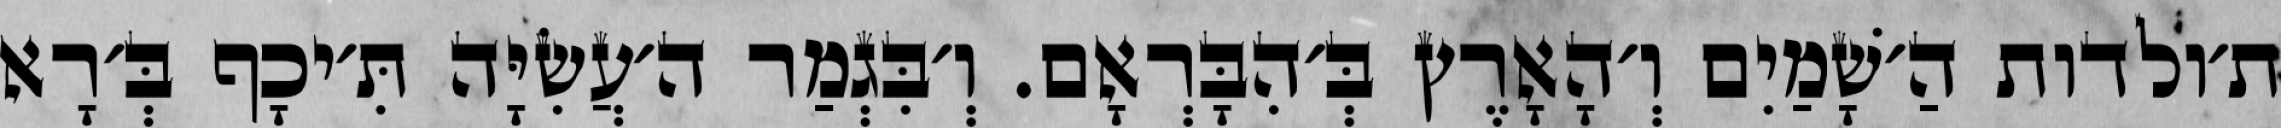
ת׳ולדות הַ׳שָׁמַיִם וְ׳הָאָרֶץ בְּ׳הִבָּרְאָם. וְ׳בִּגְמַר ה׳עֲשִׂיָּה תִּ׳יכָף בְּ׳רָא